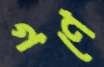
গণে